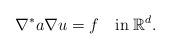
LaTeX: \begin{align*}\nabla^*a\nabla u=f\quad\mbox{in}\;\mathbb{R}^d.\end{align*}